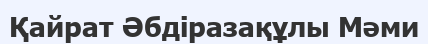
Қайрат Әбдіразақұлы Мәми